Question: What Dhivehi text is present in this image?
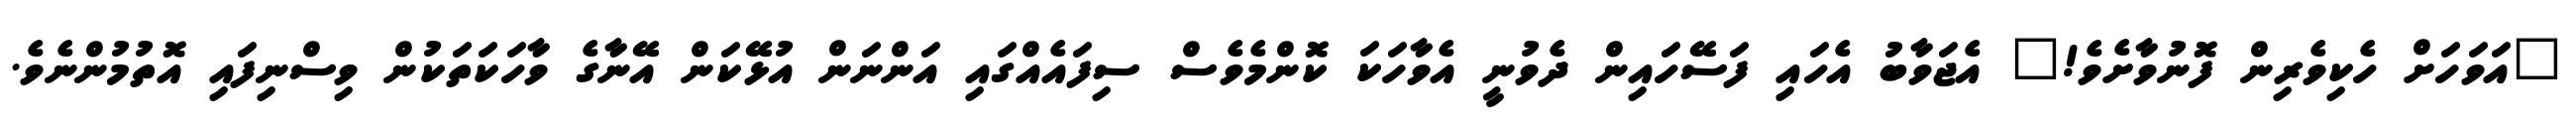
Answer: "އަވަހަށް ހެކިވެރިން ފޮނުވާށެވެ!" އެޖަވާބު އެހައި ފަސޭހައިން ދެވުނީ އެވާހަކަ ކޮންމެވެސް ސިފައެއްގައި އަންނަން އުޅޭކަން އޭނާގެ ވާހަކަތަކުން ވިސްނިފައި އޮތުމުންނެވެ.